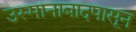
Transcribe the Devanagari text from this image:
उस्मानाबादपासून